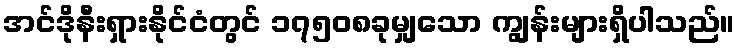
အင်ဒိုနီးရှားနိုင်ငံတွင် ၁၇၅၀၈ခုမျှသော ကျွန်းများရှိပါသည်။